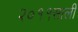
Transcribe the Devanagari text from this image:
२०११साली